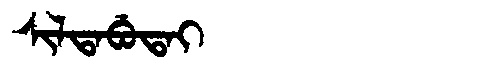
Manchu: ᠰᡳᠯᡨᠠᠪᡠᡨᠠᡳ
Romanization: SILTABUTAI